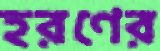
হরণের